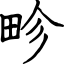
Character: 畛